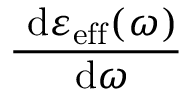
\frac { \ \mathrm { d } \varepsilon _ { \mathrm { e f f } } ( \omega ) } { \ \mathrm { d } \omega }